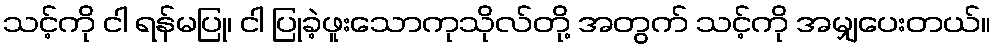
သင့်ကို ငါ ရန်မပြု၊ ငါ ပြုခဲ့ဖူးသောကုသိုလ်တို့ အတွက် သင့်ကို အမျှပေးတယ်။